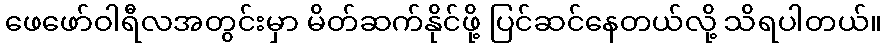
ဖေဖော်ဝါရီလအတွင်းမှာ မိတ်ဆက်နိုင်ဖို့ ပြင်ဆင်နေတယ်လို့ သိရပါတယ်။